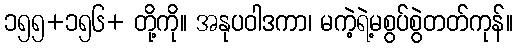
၁၅၅+၁၅၆+ တို့ကို။ အနုပဝါဒကာ၊ မကဲ့ရဲ့မစွပ်စွဲတတ်ကုန်။